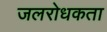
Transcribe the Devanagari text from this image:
जलरोधकता